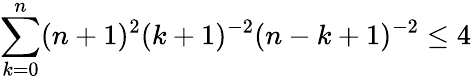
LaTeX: \sum_{k=0}^{n}(n+1)^{2}(k+1)^{-2}(n-k+1)^{-2}\leq 4